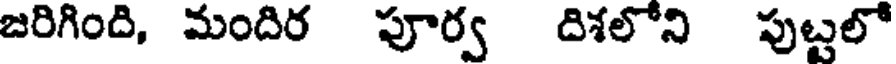
జరిగింది, మందిర పూర్వ దిశలోని పుట్టలో